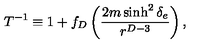
T ^ { - 1 } \equiv 1 + f _ { D } \left( { \frac { 2 m \sinh ^ { 2 } \delta _ { e } } { r ^ { D - 3 } } } \right) ,